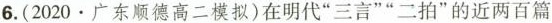
6.(2020 · 广东顺德高二模拟)在明代”三言””二拍”的近两百篇